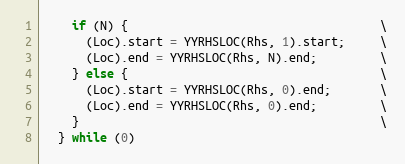
Language: C
    if (N) {                                    \
      (Loc).start = YYRHSLOC(Rhs, 1).start;     \
      (Loc).end = YYRHSLOC(Rhs, N).end;         \
    } else {                                    \
      (Loc).start = YYRHSLOC(Rhs, 0).end;       \
      (Loc).end = YYRHSLOC(Rhs, 0).end;         \
    }                                           \
  } while (0)